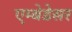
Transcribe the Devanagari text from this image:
एम्बेडेसर